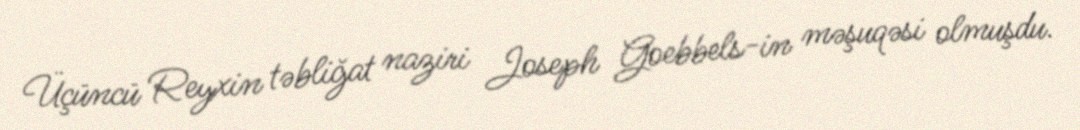
Üçüncü Reyxin təbliğat naziri Joseph Goebbels-in məşuqəsi olmuşdu.